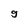
Character: g